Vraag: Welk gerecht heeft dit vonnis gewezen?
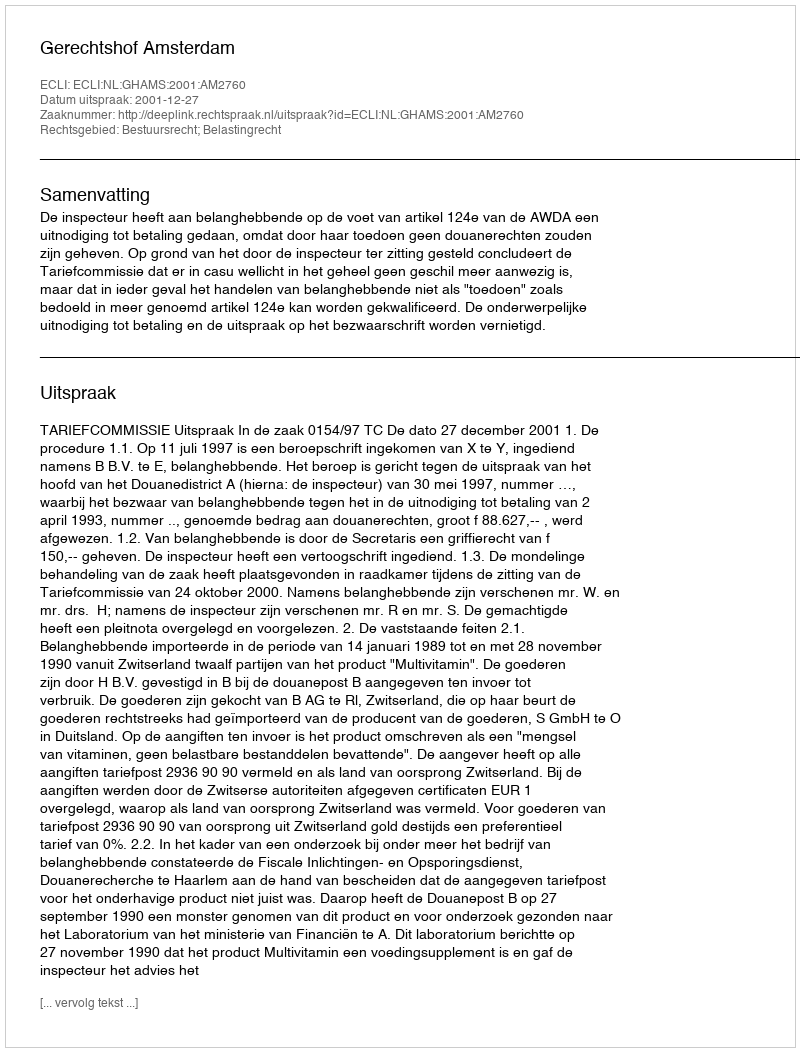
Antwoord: Gerechtshof Amsterdam